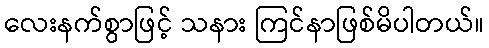
လေးနက်စွာဖြင့် သနား ကြင်နာဖြစ်မိပါတယ်။